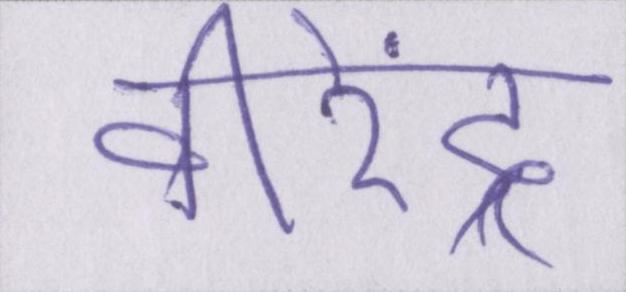
वीरेंद्र